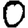
Digit: 0